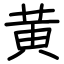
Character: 黄